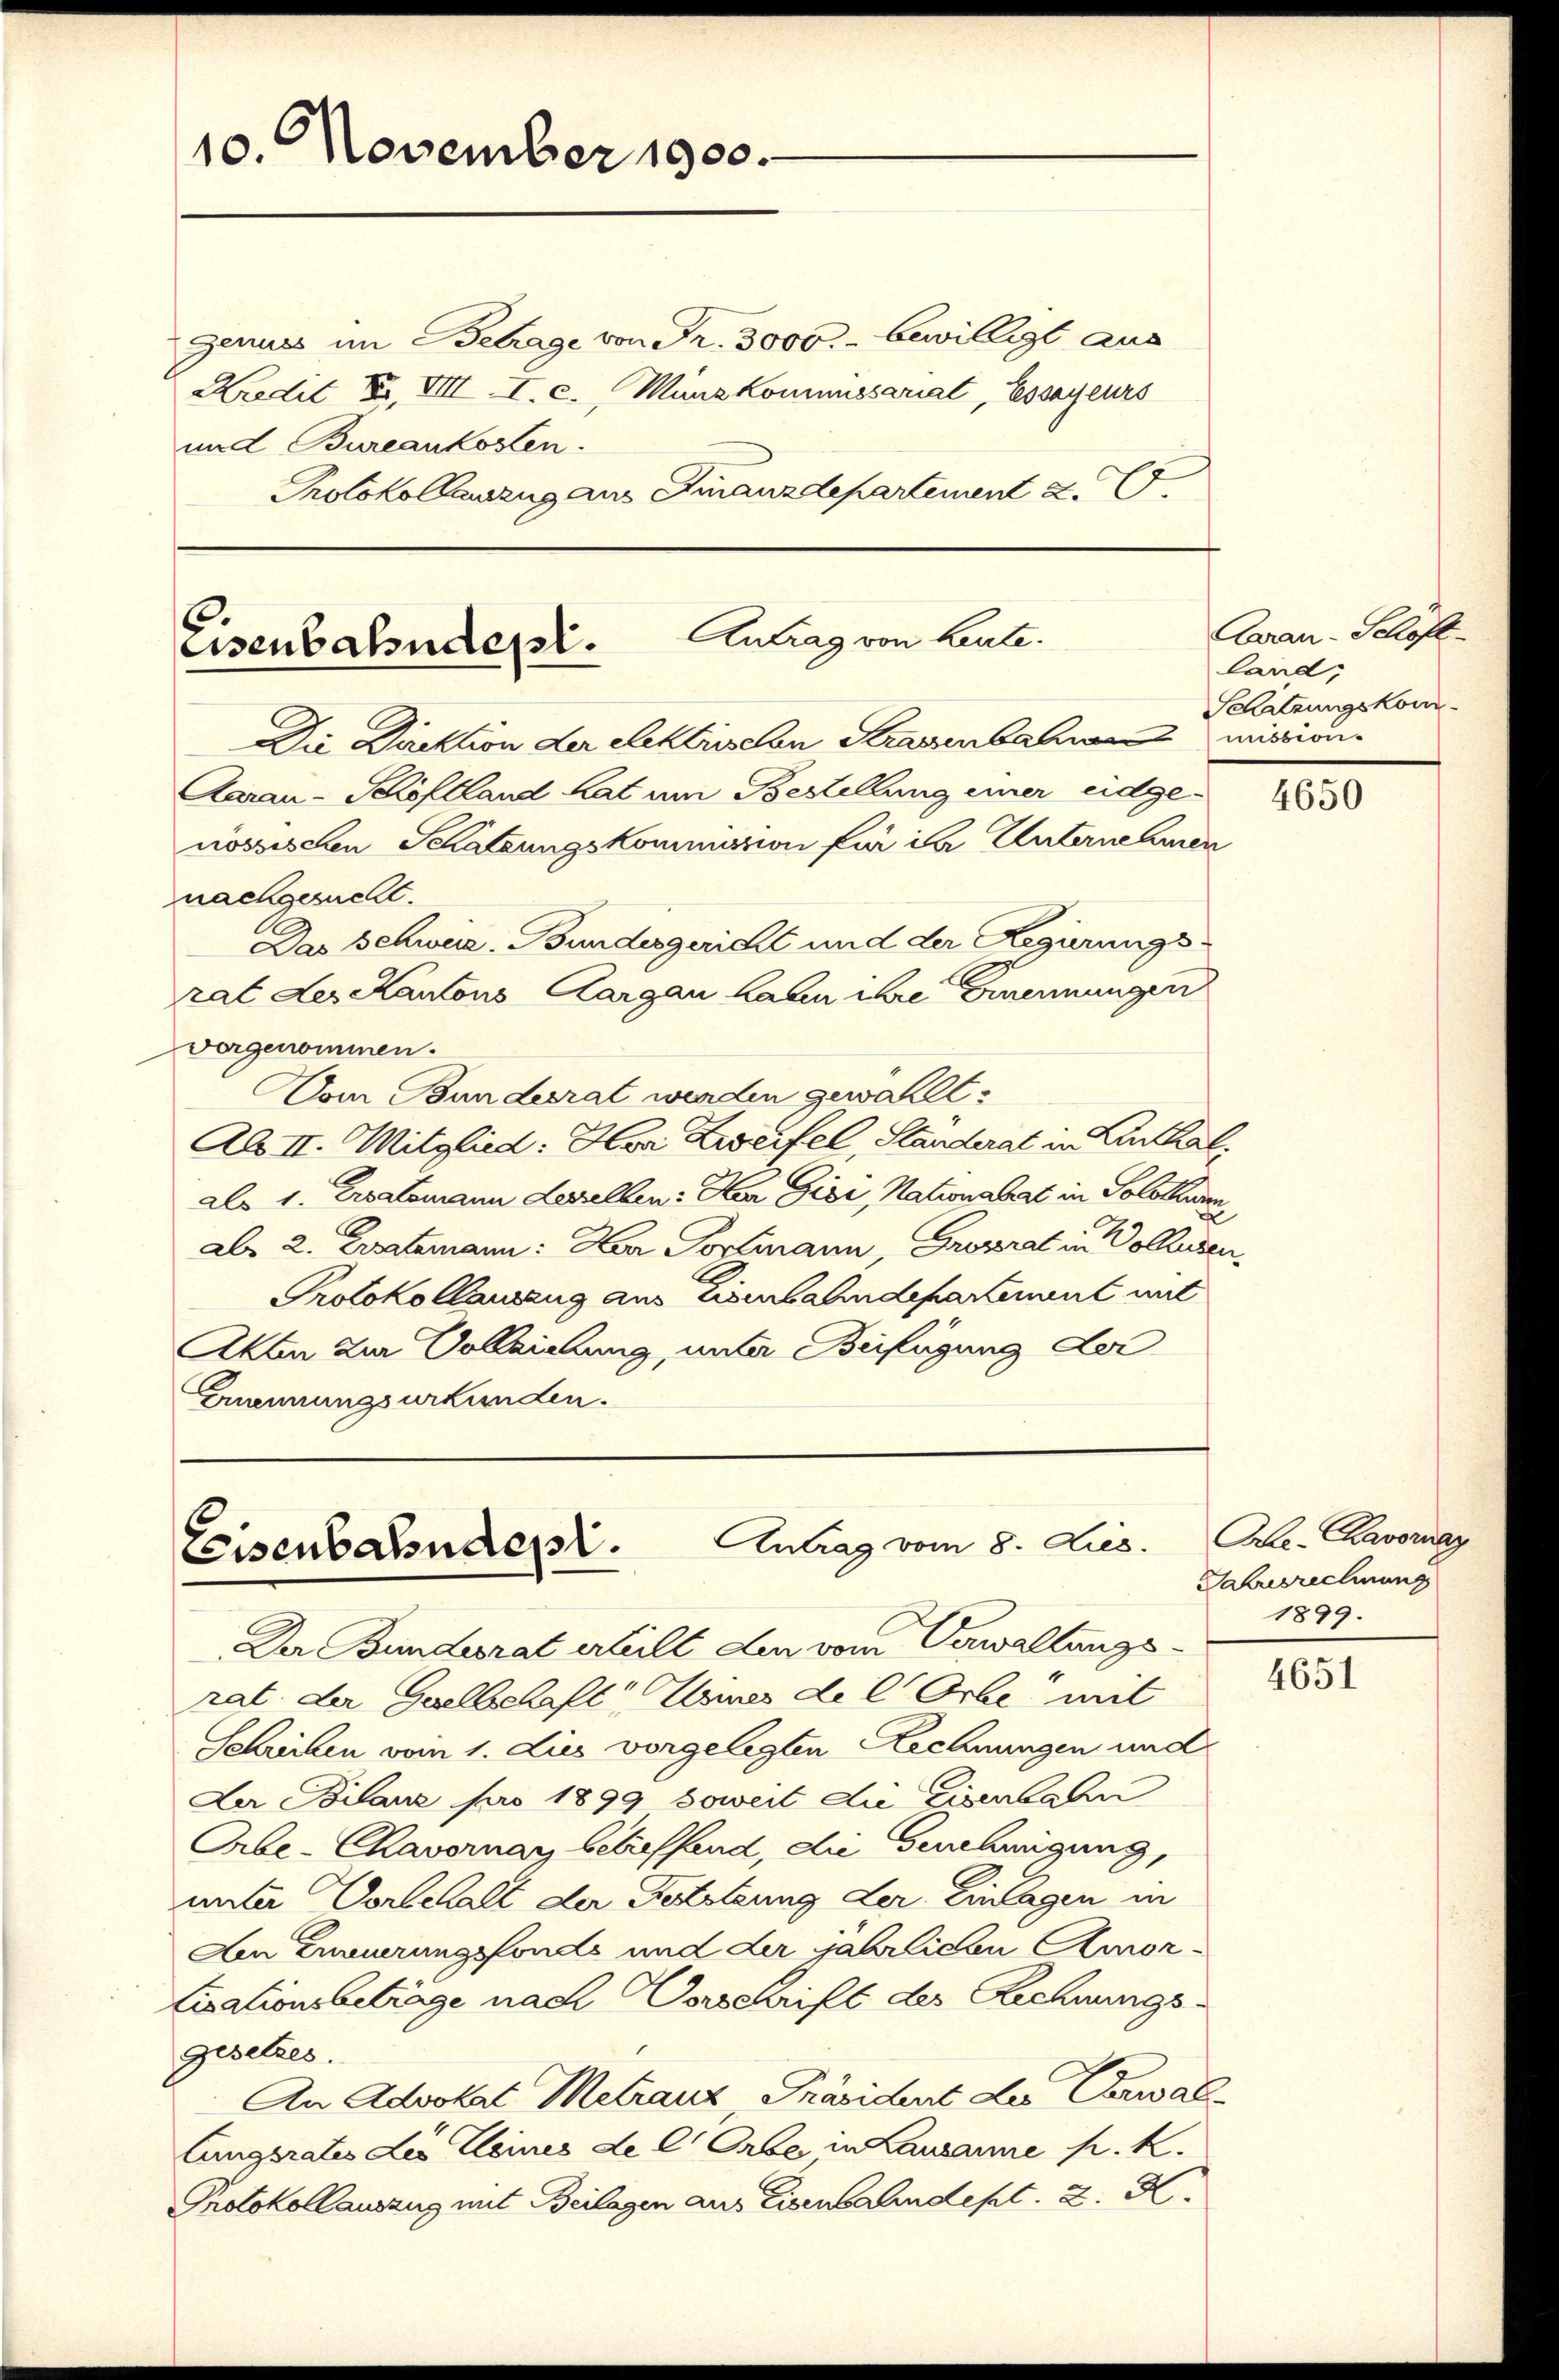
10. November 1900.

Antrag von heute.
Eisenbahndept.
Die Direktion der elektrischen Strassenbahnen mission.
Aarau - Schöflland hat um Bestellung einer eidge¬

nössischen Schätzungskommission für in Unternehmen

genuss im Betrage von Fr. 3000.- bewilligt aus
Kredit F. VIII. I. c. Manz kommissariat, Essayeurs
und Bureaukosten.
Protokollauszug aus Finanzdepartement z.

Antrag vom 8. Dies.
Eisenbahndepr.

Aarau - Schaft-
land,
Schatzungskom¬

nachgesucht.
Das Schwu-Bundesgericht und der Regierungsrat Lexikantons Aargau kann ihre Ernennungen
vorgenommen.
Vom Bundesrat werden gewählt:
Abs II. Mitglied. Hor Zweifel, Standerat in Linthal
als 1. Ersalemann destellen: Her Gisi, Nationabat in Solothurn
abe 2. Ersatzmann: Herr Portmann, Growrat in Volksen
Protokollawang aus Eisenbahndepartement mit
Akten zur Vollziehung, unter Beifügung der
Ernennungsurkunden.

Der Bundesrat erheilt den vom Verwaltungsrat. der Geselbschaft eines de l Orbe mit
Schreiben vom 1. dies vorgelegten Rechnungen und
Der Bilanz pro 1899 soweit die Eisenbahn
Orbe-Chavornarz betreffend, die Genehmigung,
unter Vorbehalt der Festzung der Einlagen in
Aen Erneuerungsfonds und der jährlichen Amortisationsbetrage nach Vorschrift des Rechnungsgesetzes.
An Advokat Metrauz, Präsident der Verwallungsrates des Kleines de l. Orbe in Lausanne k. k.
Protokollauszug mit Beilagen aus Eisenbahndept. 2. X.

4650

Me-Kavornay
Jahresrechnung
1899.

4651